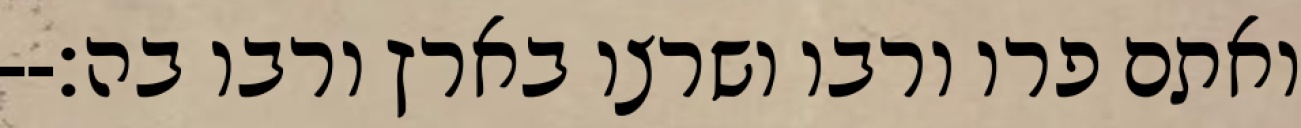
ואתם פרו ורבו ושרצו בארץ ורבו בה׃--